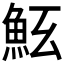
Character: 𩵷